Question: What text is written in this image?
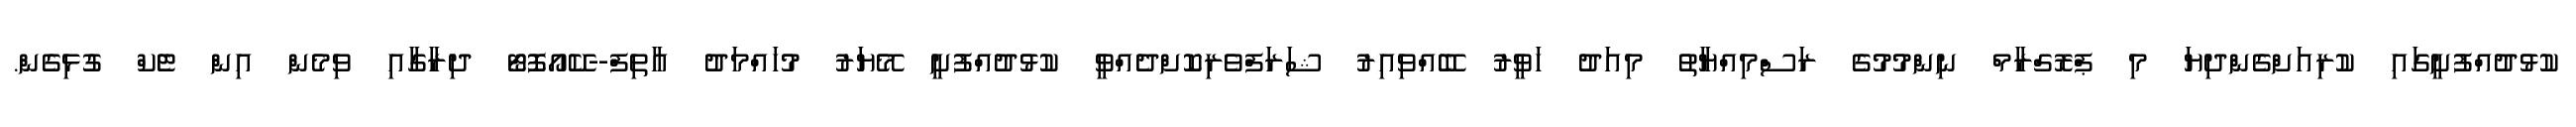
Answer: ކުޅުދުއްފުށީގައި ކުރިއަށްގެންދިޔަ މި ޕްރޮގްރާމް ނިންމުމުގެ ރަސްމިއްޔާތު މިއަދު ހަވީރު ބޭއްވިއިރު ޝަރަފްވެރިކޮށްދެއްވީ ކުޅުދުއްފުށީ މޭޔަރު މުހައްމަދު އާތިފް--ކޭއޯފޮޓޯ ދިރާގާއި ވިމެން އިން ޓެކް ގުޅިގެން.